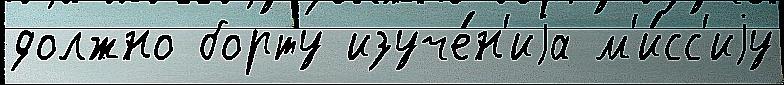
должно борту изуче́н'иjа м'и́сс'иjу